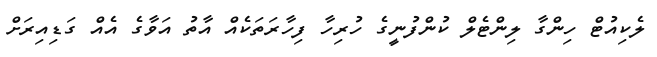
ލެކިއުޓް ހިންގާ ލިންޓެލް ކުންފުނީގެ ހުރިހާ ފިހާރަތަކެއް އާތު އަވާގެ އެއް ގަޑިއިރަށް